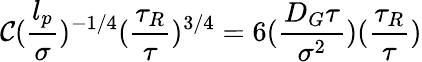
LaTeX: \mathcal{C}(\frac{{l_{p}}}{{\sigma}})^{-1/4}(\frac{{\tau_{R}}}{{\tau}})^{3/4}=6(\frac{{D_{G}\tau}}{{\sigma^{2}}})(\frac{{\tau_{R}}}{{\tau}})